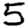
Digit: 5